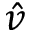
\hat { v }